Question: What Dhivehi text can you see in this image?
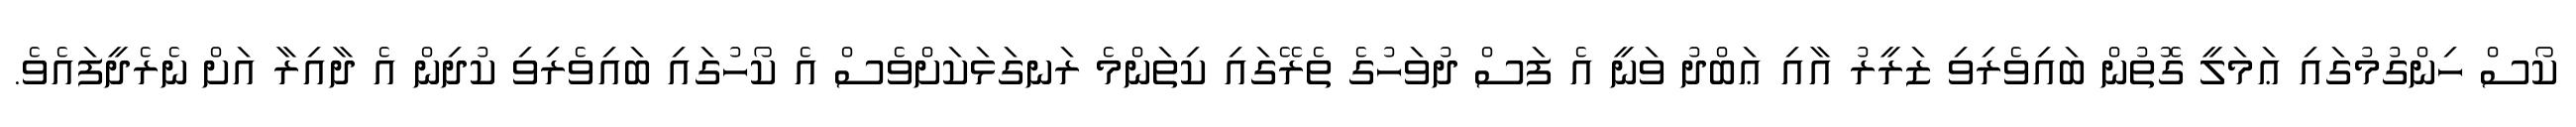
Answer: ކޯސް ހިންގުމުގައި ޢަމަލީ ގޮތުން ބައިވެރިވި ޒަރީރު އާއި ޢަބްދު ވަނީ އެ ފަސް ދުވަހުގެ ތެރޭގައި ކިތަންމެ ރަނގަޅަކަށްވެސް އެ ކޯހުގައި ބައިވެރިވި ކުދިން އެ ދާއިރާ އަށް ނެރެދީފައެވެ.